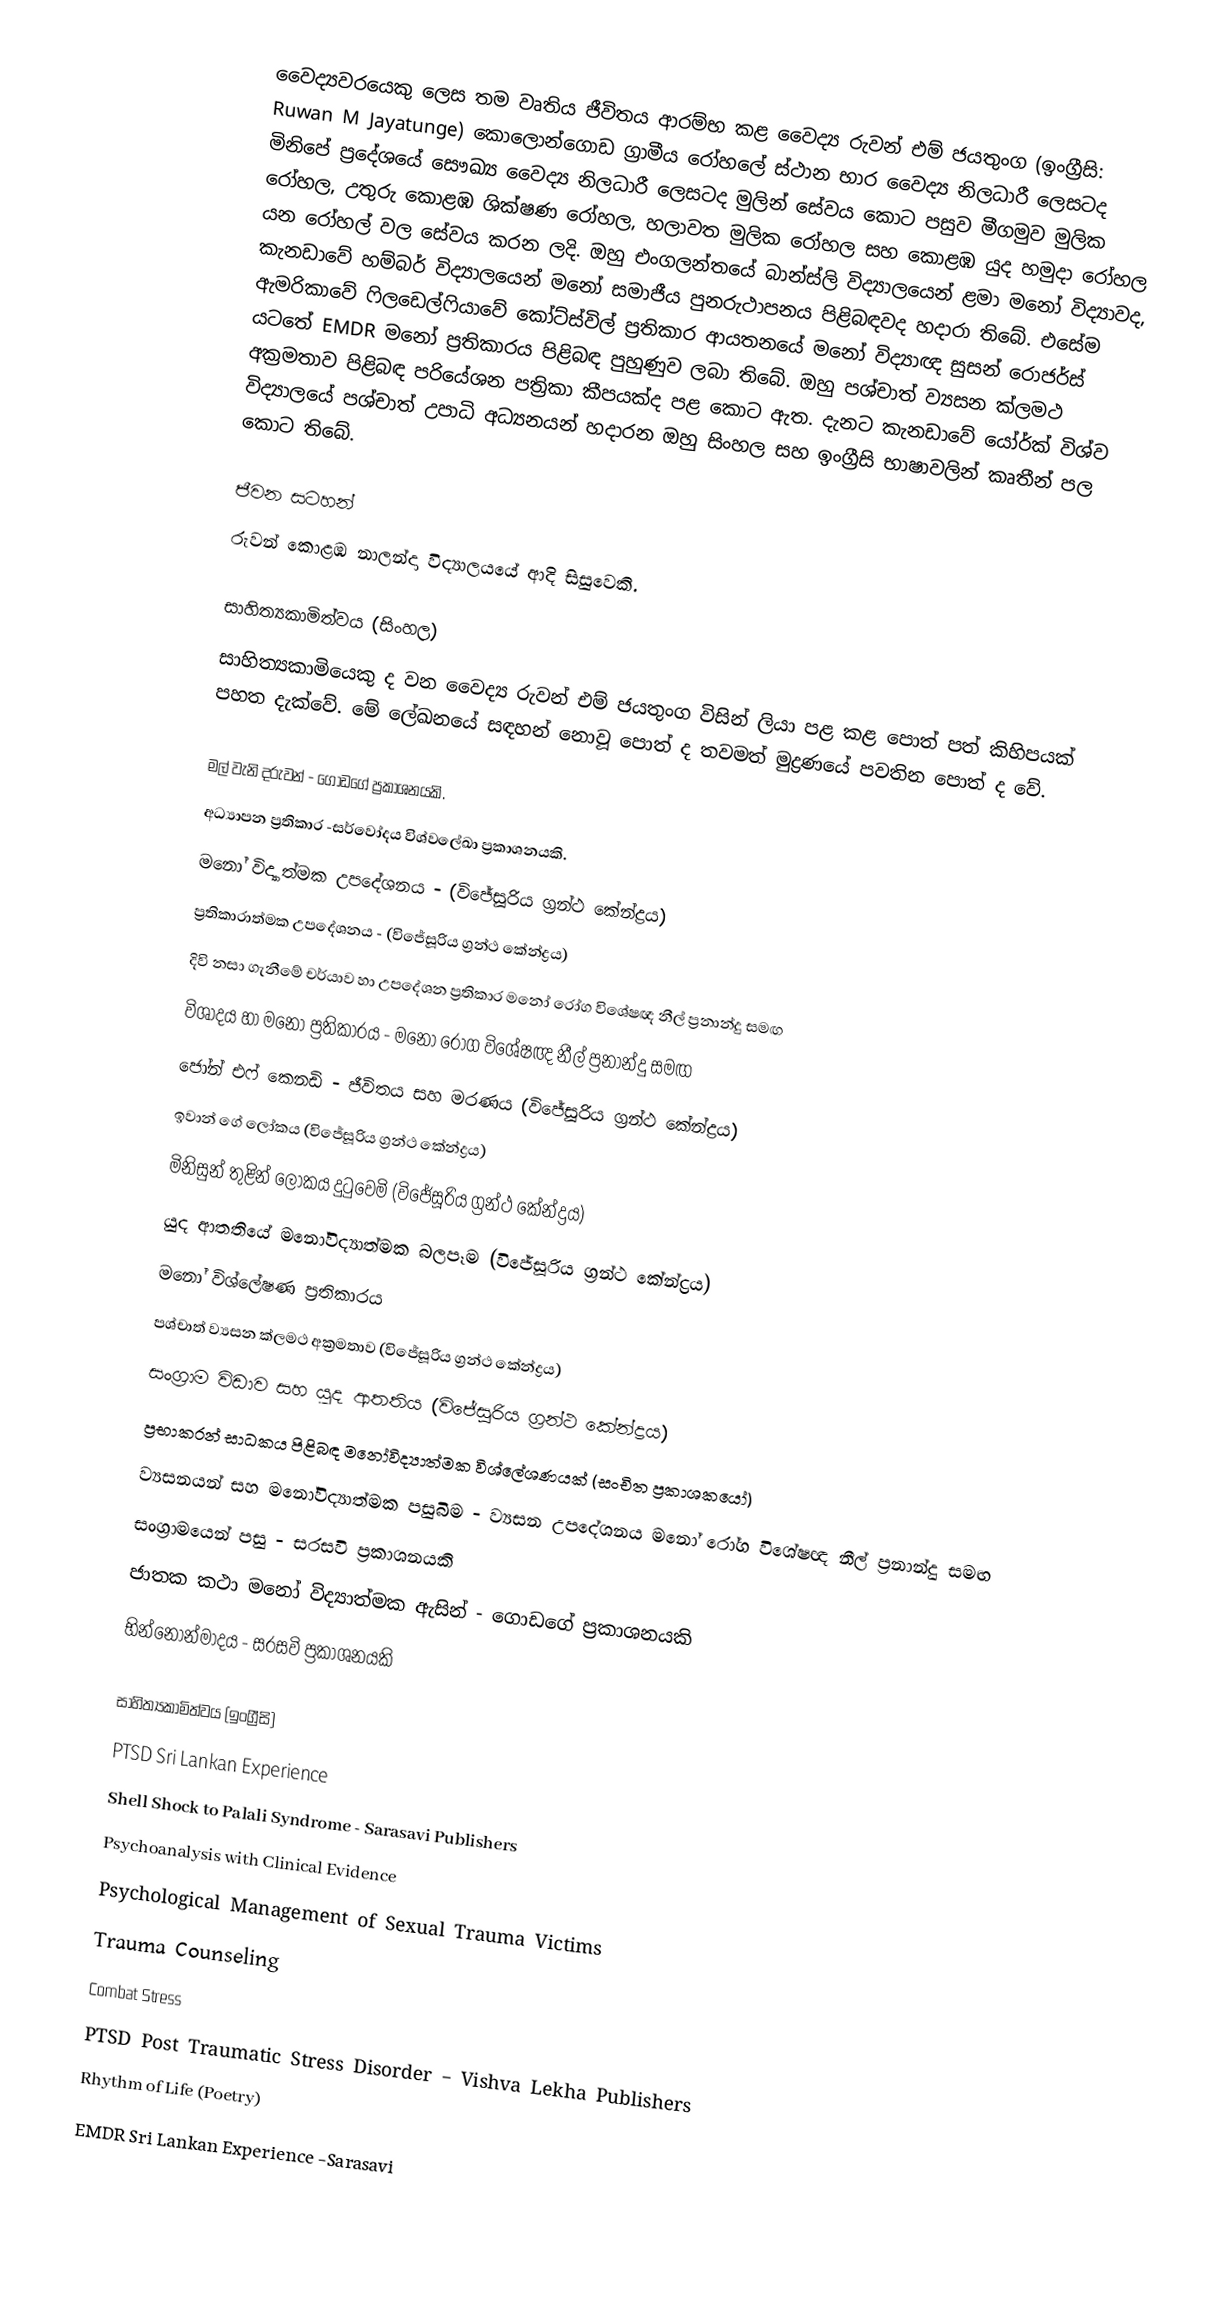
වෛද්‍යවරයෙකු ලෙස තම වෘතිය ජීවිතය ආරම්භ කළ වෛද්‍ය රුවන් එම් ජයතුංග (ඉංග්‍රීසි: Ruwan M Jayatunge) කොලොන්ගොඩ ග්‍රාමීය රෝහලේ ස්ථාන භාර වෛද්‍ය නිලධාරී ලෙසටද මිනිපේ ප්‍රදේශයේ සෞඛ්‍ය වෛද්‍ය නිලධාරී ලෙසටද මුලින් සේවය කොට පසුව මීගමුව මුලික රෝහල, උතුරු කොළඹ ශික්ෂණ රෝහල, හලාවත මුලික රෝහල සහ කොළඹ යුද හමුදා රෝහල යන රෝහල් වල සේවය කරන ලදි. ඔහු එංගලන්තයේ බාන්ස්ලි විද්‍යාලයෙන් ළමා මනෝ විද්‍යාවද, කැනඩාවේ හම්බර් විද්‍යාලයෙන් මනෝ සමාජීය පුනරුථාපනය පිළිබඳවද හදාරා තිබේ. එසේම ඇමරිකාවේ ෆිලඩෙල්ෆියාවේ කෝට්ස්විල් ප්‍රතිකාර ආයතනයේ මනෝ විද්‍යාඥ සුසන් රොජර්ස් යටතේ EMDR මනෝ ප්‍රතිකාරය පිළිබඳ පුහුණුව ලබා තිබේ. ඔහු පශ්චාත් ව්‍යසන ක්ලමථ අක්‍රමතාව පිළිබඳ පරියේශන පත්‍රිකා කීපයක්ද පළ කොට ඇත​.  දැනට කැනඩාවේ යෝර්ක් විශ්ව විද්‍යාලයේ පශ්චාත් උපාධි අධ්‍යනයන් හදාරන ඔහු සිංහල සහ ඉංග්‍රීසි භාෂාවලින් කෘතීන් පල කොට තිබේ.

ජීවන සටහන්
රුවන්   කොළඹ නාලන්දා විද්‍යාලයයේ ආදි සිසුවෙකි.

සාහිත්‍යකාමිත්වය (සිංහල)
සාහිත්‍යකාමියෙකු ද වන වෛද්‍ය රුවන් එම් ජයතුංග විසින් ලියා පළ කළ පොත් පත් කිහිපයක් පහත දැක්වේ. මේ ලේඛනයේ සඳහන් නොවූ පොත් ද තවමත් මුද්‍රණයේ පවතින පොත් ද වේ.

 මල් වැනි දරුවන් - ගොඩගේ ප්‍රකාශනයකි.
 අධ්‍යාපන ප්‍රතිකාර -සර්වෝදය විශ්වලේඛා ප්‍රකාශනයකි.
 මනෝ විද්‍යාත්මක උපදේශනය - (විජේසූරිය ග්‍රන්ථ කේන්ද්‍රය)
 ප්‍රතිකාරාත්මක උපදේශනය - (විජේසූරිය ග්‍රන්ථ කේන්ද්‍රය)
 දිවි නසා ගැනීමේ චර්යාව හා උපදේශන ප්‍රතිකාර මනෝ රෝග විශේෂඥ නීල් ප්‍රනාන්දු සමඟ
 විශාදය හා මනෝ ප්‍රතිකාරය - මනෝ රෝග විශේෂඥ නීල් ප්‍රනාන්දු සමඟ
 ජෝන් එෆ් කෙනඩි - ජීවිතය සහ මරණය (විජේසූරිය ග්‍රන්ථ කේන්ද්‍රය)
 ඉවාන් ගේ ලෝකය (විජේසූරිය ග්‍රන්ථ කේන්ද්‍රය)
 මිනිසුන් තුළින් ලෝකය දුටුවෙමි (විජේසූරිය ග්‍රන්ථ කේන්ද්‍රය)
 යුද ආතතියේ මනෝවිද්‍යාත්මක බලපෑම (විජේසූරිය ග්‍රන්ථ කේන්ද්‍රය)
 මනෝ විශ්ලේෂණ ප්‍රතිකාරය
 පශ්චාත් ව්‍යසන ක්ලමථ අක්‍රමතාව (විජේසූරිය ග්‍රන්ථ කේන්ද්‍රය)
 සංග්‍රාම විඩාව සහ යුද ආතතිය (විජේසූරිය ග්‍රන්ථ කේන්ද්‍රය)
 ප්‍රභාකරන් සාධකය පිළිබඳ මනෝවිද්‍යාත්මක විශ්ලේශණයක් (සංචිත ප්‍රකාශකයෝ)
 ව්‍යසනයන් සහ මනෝවිද්‍යාත්මක පසුබිම - ව්‍යසන උපදේශනය මනෝ රෝග විශේෂඥ නීල් ප්‍රනාන්දු සමඟ
 සංග්‍රාමයෙන් පසු - සරසවි ප්‍රකාශනයකි
 ජාතක කථා මනෝ විද්‍යාත්මක ඇසින් - ගොඩගේ ප්‍රකාශනයකි
 භින්නෝන්මාදය - සරසවි ප්‍රකාශනයකි

සාහිත්‍යකාමිත්වය (ඉංග්‍රීසි)
 PTSD Sri Lankan Experience
 Shell Shock to Palali Syndrome - Sarasavi Publishers
 Psychoanalysis with Clinical Evidence
 Psychological Management of Sexual Trauma Victims
 Trauma Counseling
 Combat Stress
 PTSD Post Traumatic Stress Disorder – Vishva Lekha Publishers
 Rhythm of Life (Poetry)
 EMDR Sri Lankan Experience -Sarasavi